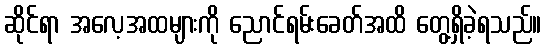
ဆိုင်ရာ အလေ့အထများကို ညောင်ရမ်းခေတ်အထိ တွေ့ရှိခဲ့ရသည်။